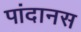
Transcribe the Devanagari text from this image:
पांदानस